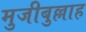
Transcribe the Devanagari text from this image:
मुजीबुल्लाह